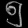
Digit: ၅